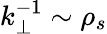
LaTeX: k_{\perp}^{-1}\sim\rho_{s}